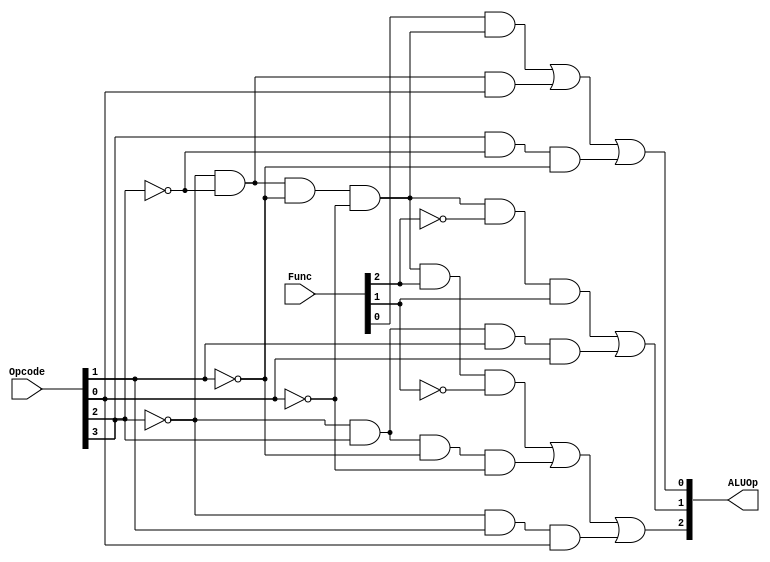
module ALUControl(ALUOp, Opcode, Func);
input [3:0] Opcode;
input [2:0] Func;
output[2:0] ALUOp;

wire wZeroOpCode, wAnd1, wAnd2, wAnd3, wAnd4, wAnd5, wAnd6, wAnd7, wAnd8;

and (wZeroOpCode, ~Opcode[3], ~Opcode[2], ~Opcode[1], ~Opcode[0]);


and (wAnd1, wZeroOpCode, Func[2], ~Func[1]);
and (wAnd2, ~Opcode[3], Opcode[2], ~Opcode[1], ~Opcode[0]);
and (wAnd3, ~Opcode[3], Opcode[1], Opcode[0]);
or(ALUOp[2], wAnd1, wAnd2, wAnd3);


and (wAnd4, wZeroOpCode, ~Func[2], Func[1]);
and (wAnd5, ~Opcode[3], Opcode[2], Opcode[1], Opcode[0]);
or (ALUOp[1], wAnd4, wAnd5);

and (wAnd6, Func[0], wZeroOpCode);
and (wAnd7, ~Opcode[3], ~Opcode[2], Opcode[0]);
and (wAnd8, Opcode[3], ~Opcode[2], ~Opcode[1]);
or(ALUOp[0], wAnd6, wAnd7, wAnd8);

endmodule